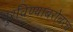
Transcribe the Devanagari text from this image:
पुरविण्याबरोबरच